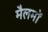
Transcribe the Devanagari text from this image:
मैलमों